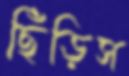
ছিঁড়িস